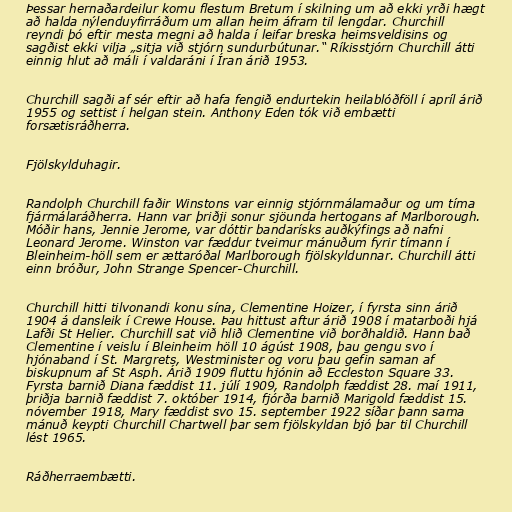
Þessar hernaðardeilur komu flestum Bretum í skilning um að ekki yrði hægt
að halda nýlenduyfirráðum um allan heim áfram til lengdar. Churchill
reyndi þó eftir mesta megni að halda í leifar breska heimsveldisins og
sagðist ekki vilja „sitja við stjórn sundurbútunar.“ Ríkisstjórn Churchill átti
einnig hlut að máli í valdaráni í Íran árið 1953.

Churchill sagði af sér eftir að hafa fengið endurtekin heilablóðföll í apríl árið
1955 og settist í helgan stein. Anthony Eden tók við embætti
forsætisráðherra.

Fjölskylduhagir.

Randolph Churchill faðir Winstons var einnig stjórnmálamaður og um tíma
fjármálaráðherra. Hann var þriðji sonur sjöunda hertogans af Marlborough.
Móðir hans, Jennie Jerome, var dóttir bandarísks auðkýfings að nafni
Leonard Jerome. Winston var fæddur tveimur mánuðum fyrir tímann í
Bleinheim-höll sem er ættaróðal Marlborough fjölskyldunnar. Churchill átti
einn bróður, John Strange Spencer-Churchill.

Churchill hitti tilvonandi konu sína, Clementine Hoizer, í fyrsta sinn árið
1904 á dansleik í Crewe House. Þau hittust aftur árið 1908 í matarboði hjá
Lafði St Helier. Churchill sat við hlið Clementine við borðhaldið. Hann bað
Clementine í veislu í Bleinheim höll 10 ágúst 1908, þau gengu svo í
hjónaband í St. Margrets, Westminister og voru þau gefin saman af
biskupnum af St Asph. Árið 1909 fluttu hjónin að Eccleston Square 33.
Fyrsta barnið Diana fæddist 11. júlí 1909, Randolph fæddist 28. maí 1911,
þriðja barnið fæddist 7. október 1914, fjórða barnið Marigold fæddist 15.
nóvember 1918, Mary fæddist svo 15. september 1922 síðar þann sama
mánuð keypti Churchill Chartwell þar sem fjölskyldan bjó þar til Churchill
lést 1965.

Ráðherraembætti.